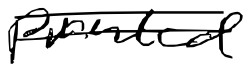
Text: printed
Cross-out: double-line
Writing tool: digital_black